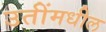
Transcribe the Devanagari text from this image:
उतींमधील